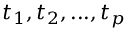
t _ { 1 } , t _ { 2 } , . . . , t _ { p }